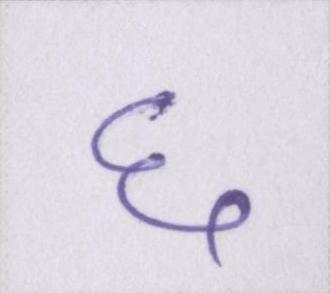
६